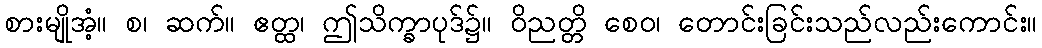
စားမျိုအံ့။ စ၊ ဆက်။ ဧတ္ထ၊ ဤသိက္ခာပုဒ်၌။ ဝိညတ္တိ စေဝ၊ တောင်းခြင်းသည်လည်းကောင်း။